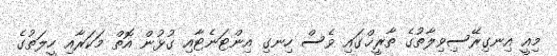
މިއީ އިނގިރޭސިވިލާތުގެ ތާރީޚްގައި ވެސް ހިނގި އިންޓަނެޓާއި ގުޅުން އޮތް މަކަރާއި ހީލަތުގެ